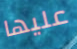
عليها